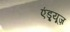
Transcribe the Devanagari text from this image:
एंड्र्यूज़